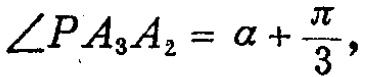
\(\angle PA_{3}A_{2}=\alpha +\frac{\pi}{3},\)